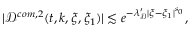
\begin{array} { r } { | \mathcal { D } ^ { c o m , 2 } ( t , k , \xi , \xi _ { 1 } ) | \lesssim e ^ { - \lambda _ { \mathcal { D } } ^ { \prime } | \xi - \xi _ { 1 } | ^ { s _ { 0 } } } , } \end{array}